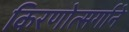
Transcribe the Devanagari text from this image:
किरणोत्‍सर्गाने